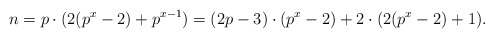
\begin{align*}n = p\cdot (2(p^x-2)+p^{x-1})= (2p-3)\cdot (p^x-2) + 2 \cdot (2(p^x-2) + 1).\end{align*}